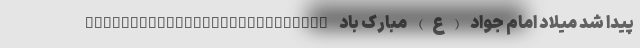
پیدا شد میلاد امام جواد (ع) مبارک باد ___________________________